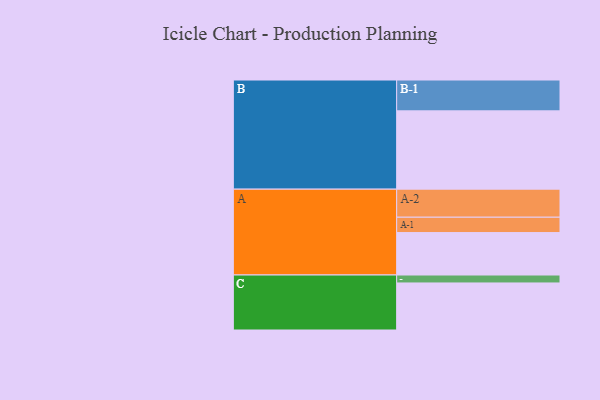
{"axis": {"x": "Segment", "y": "Value"}, "legend": ["", "A", "B", "C"], "data": [{"x": "A", "y": 304, "type": ""}, {"x": "B", "y": 561, "type": ""}, {"x": "C", "y": 337, "type": ""}, {"x": "A-1", "y": 110, "type": "A"}, {"x": "A-2", "y": 201, "type": "A"}, {"x": "B-1", "y": 221, "type": "B"}, {"x": "C-1", "y": 57, "type": "C"}]}